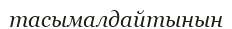
тасымалдайтынын